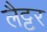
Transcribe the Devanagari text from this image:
लैट्टर